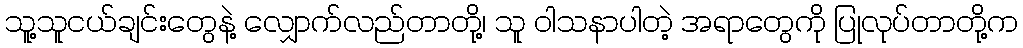
သူ့သူငယ်ချင်းတွေနဲ့ လျှောက်လည်တာတို့၊ သူ ဝါသနာပါတဲ့ အရာတွေကို ပြုလုပ်တာတို့က